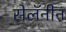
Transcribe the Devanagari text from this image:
सेलॅनीन